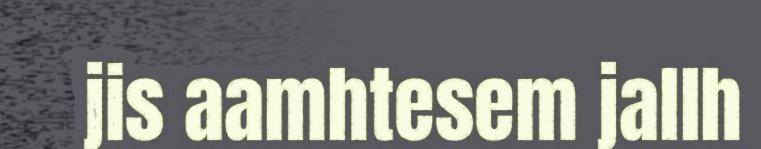
jis aamhtesem jallh